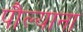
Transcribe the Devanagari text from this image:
पौल्याना